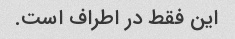
این فقط در اطراف است.